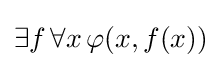
\exists f\,\forall x\,\varphi (x,f(x))